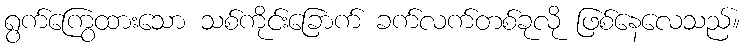
ရွက်ကြွေထားသော သစ်ကိုင်းခြောက် ခက်လက်တစ်ခုလို ဖြစ်နေလေသည်။